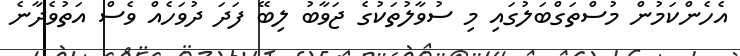
އެހެންކަމުން މުސްތަގްބަލުގައި މި ސުވާލުތަކުގެ ޖަވާބު ލިބޭ ފަދަ ދުވަހެއް ވެސް އަތުވެދާނެ